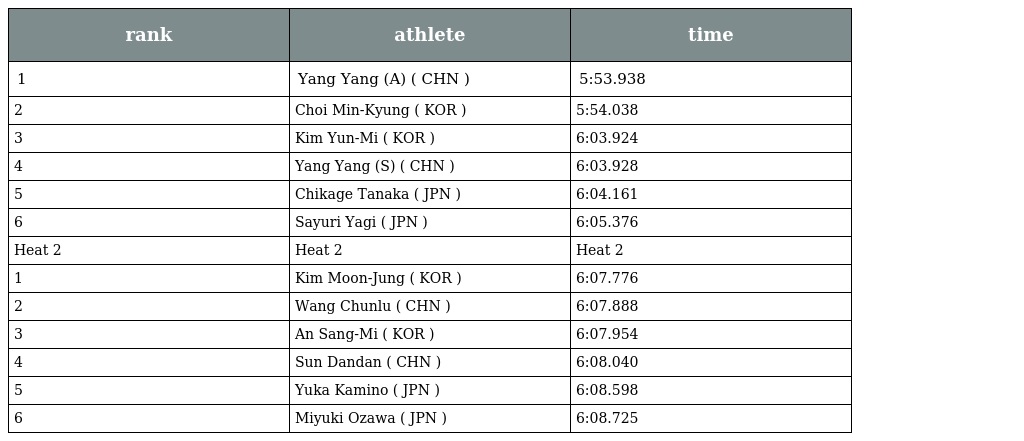
| rank | athlete | time |
 | --- | --- | --- |
 | 1 | Yang Yang (A) ( CHN ) | 5:53.938 |
 | 2 | Choi Min-Kyung ( KOR ) | 5:54.038 |
 | 3 | Kim Yun-Mi ( KOR ) | 6:03.924 |
 | 4 | Yang Yang (S) ( CHN ) | 6:03.928 |
 | 5 | Chikage Tanaka ( JPN ) | 6:04.161 |
 | 6 | Sayuri Yagi ( JPN ) | 6:05.376 |
 | Heat 2 | Heat 2 | Heat 2 |
 | 1 | Kim Moon-Jung ( KOR ) | 6:07.776 |
 | 2 | Wang Chunlu ( CHN ) | 6:07.888 |
 | 3 | An Sang-Mi ( KOR ) | 6:07.954 |
 | 4 | Sun Dandan ( CHN ) | 6:08.040 |
 | 5 | Yuka Kamino ( JPN ) | 6:08.598 |
 | 6 | Miyuki Ozawa ( JPN ) | 6:08.725 |